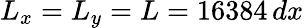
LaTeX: L_{x}=L_{y}=L=16384\, dx